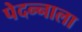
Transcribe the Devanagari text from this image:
पेदन्नाला